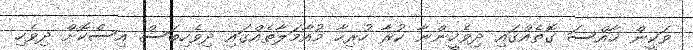
ވަކީން ޚާއްސަ ގޮތެއްގައި ދިވެހީންނާ ކުރާ ހުރިހާ މުއާމަލާތެއްގައި ދިވެހިބަސް އިސްކޮށް ދިވެހި